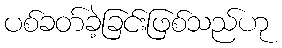
ပစ်ခတ်ခဲ့ခြင်းဖြစ်သည်ဟု